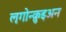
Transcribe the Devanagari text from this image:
ऌगोन्क़ुइअन